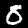
Label: 8